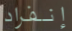
إنفراد